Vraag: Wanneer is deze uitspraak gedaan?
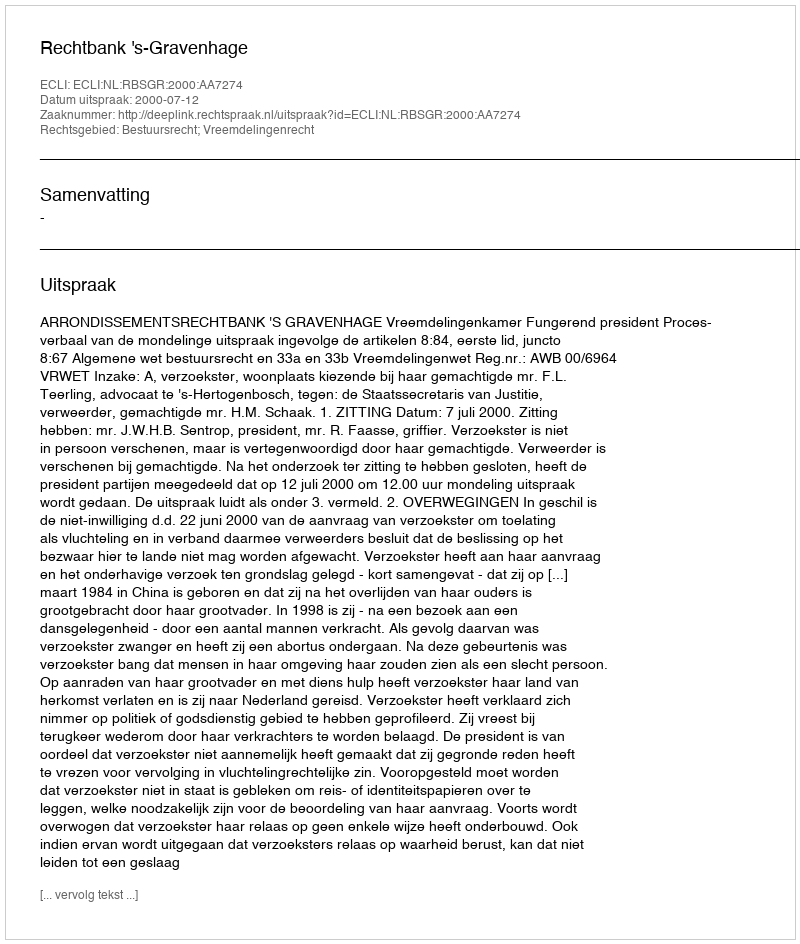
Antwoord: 2000-07-12